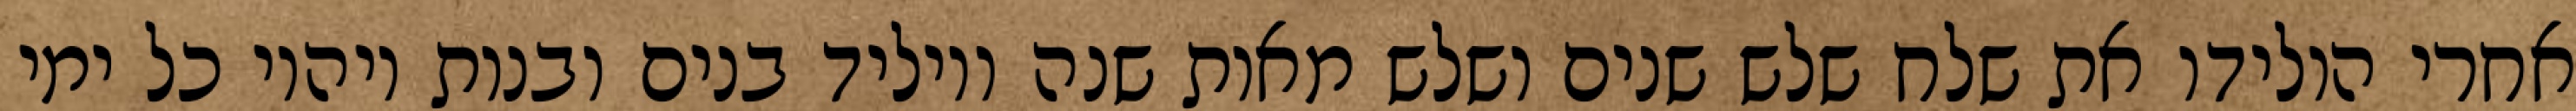
אחרי הולידו את שלח שלש שנים ושלש מאות שנה ויוליד בנים ובנות ויהיו כל ימי